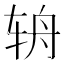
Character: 辀